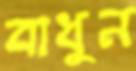
বাধুন